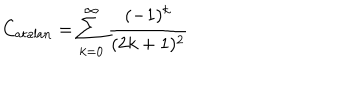
LaTeX: C _ { \mathrm { a t a l a n } } = \sum _ { k = 0 } ^ { \infty } \frac { ( - 1 ) ^ { k } } { ( 2 k + 1 ) ^ { 2 } }